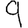
Digit: 9